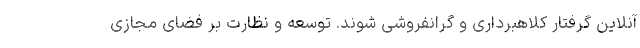
آنلاین گرفتار کلاهبرداری و گرانفروشی شوند. توسعه و نظارت بر فضای مجازی